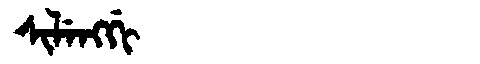
Manchu: ᠰᡳᠯᡝᠩᡤᡳ
Romanization: SILENGGI